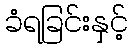
ခံရခြင်းနှင့်